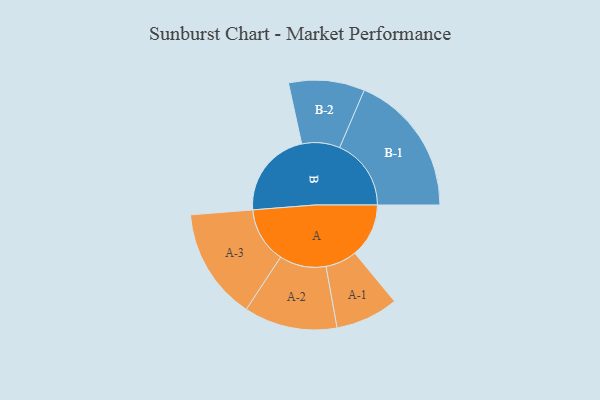
{"axis": {"x": "Segment", "y": "Value"}, "legend": ["", "A", "B"], "data": [{"x": "A", "y": 206, "type": ""}, {"x": "B", "y": 336, "type": ""}, {"x": "A-1", "y": 120, "type": "A"}, {"x": "A-2", "y": 178, "type": "A"}, {"x": "A-3", "y": 213, "type": "A"}, {"x": "B-1", "y": 273, "type": "B"}, {"x": "B-2", "y": 145, "type": "B"}]}